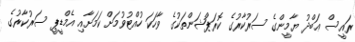
ރައީސް ޢަބްދު ޔާމީންގެ ސަރުކާރުގެ ކޮރަޕްޝަންތަކުގެ ވާހަކަ ހުއްޓުވުމަށް ކަމަށާއި އެމްޑީޕީ ސަރުކާރުގެ